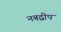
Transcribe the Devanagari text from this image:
नबद्वीप